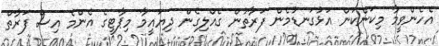
އެެހެންވީމާ މިކަންކަން އަޅުގަނޑުމެން ފަރާތުން ގެއްލިގެން ދިޔައީމާ މިޕާޓީގެ އެންމެ އިސް ފަރާތް